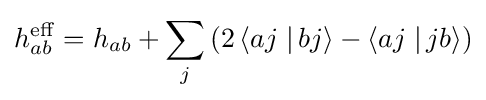
h_{ab}^{\rm {eff}}=h_{ab}+\sum _{j}\left(2\left\langle aj\left.\right|bj\right\rangle -\left\langle aj\left.\right|jb\right\rangle \right)